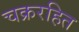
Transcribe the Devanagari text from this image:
चक्ररहित